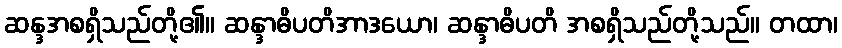
ဆန္ဒအစရှိသည်တို့၏။ ဆန္ဒာဓိပတိအာဒယော၊ ဆန္ဒာဓိပတိ အစရှိသည်တို့သည်။ တထာ၊